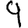
Digit: 9